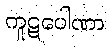
ကူဋပေါဏာ